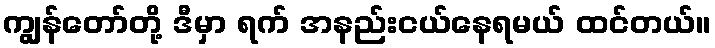
ကျွန်တော်တို့ ဒီမှာ ရက် အနည်းငယ်နေရမယ် ထင်တယ်။